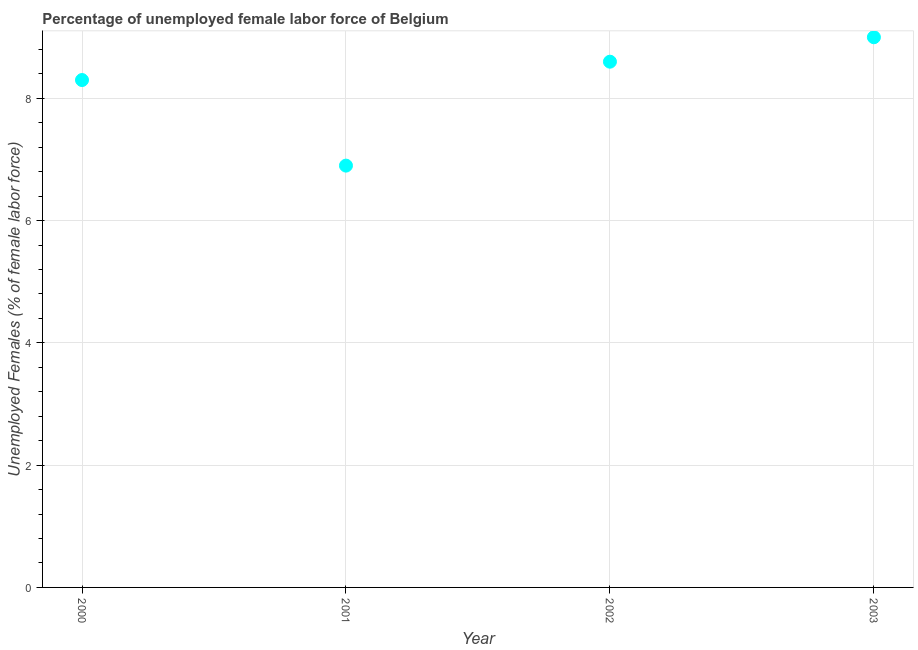
| Year | Unemployment female |
 | --- | --- |
 | 2000 | 8.3 |
 | 2001 | 6.9 |
 | 2002 | 8.6 |
 | 2003 | 9 |